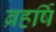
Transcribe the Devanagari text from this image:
ब्रहर्षि